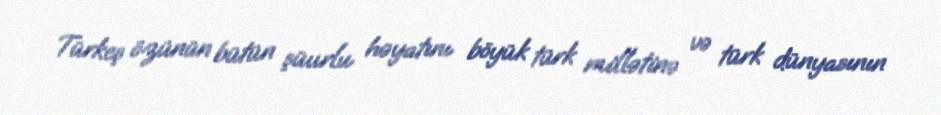
Türkeş özünün bütün şüurlu həyatını böyük türk millətinə və türk dünyasının